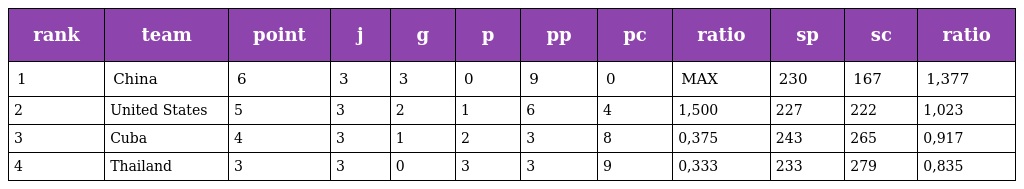
| rank | team | point | j | g | p | pp | pc | ratio | sp | sc | ratio |
 | --- | --- | --- | --- | --- | --- | --- | --- | --- | --- | --- | --- |
 | 1 | China | 6 | 3 | 3 | 0 | 9 | 0 | MAX | 230 | 167 | 1,377 |
 | 2 | United States | 5 | 3 | 2 | 1 | 6 | 4 | 1,500 | 227 | 222 | 1,023 |
 | 3 | Cuba | 4 | 3 | 1 | 2 | 3 | 8 | 0,375 | 243 | 265 | 0,917 |
 | 4 | Thailand | 3 | 3 | 0 | 3 | 3 | 9 | 0,333 | 233 | 279 | 0,835 |